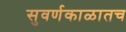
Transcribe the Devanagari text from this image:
सुवर्णकाळातच